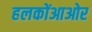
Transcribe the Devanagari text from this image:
हलकोंआओर